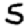
Digit: 5